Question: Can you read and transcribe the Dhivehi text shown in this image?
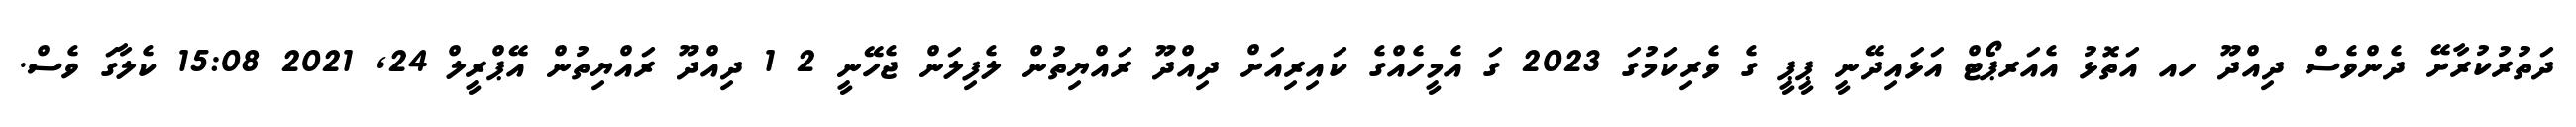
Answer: ދަތުރުކުރާށޭ ދެންވެސް ދިއްދޫ ހއ އަތޮޅު އެއަރޕޯޓް އަޅައިދޭނީ ޕީޕީ ގެ ވެރިކަމުގަ 2023 ގަ އެމީހެއްގެ ކައިރިއަށް ދިއްދޫ ރައްޔިތުން ލެފިލަން ޖެހޭނީ 2 1 ދިއްދޫ ރައްޔިތުން އޭޕްރީލް 24, 2021 15:08 ކެލާގަ ވެސް.